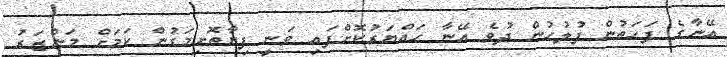
އޭނާގެ ފަހަތުން ފުލުހުން ދުވެ އޭނާ ހައްޔަރުކޮށްފައި ވަނީ ފިޔާތޮށިމަގުން ކަމަށް މަންޒަރު